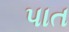
પાત